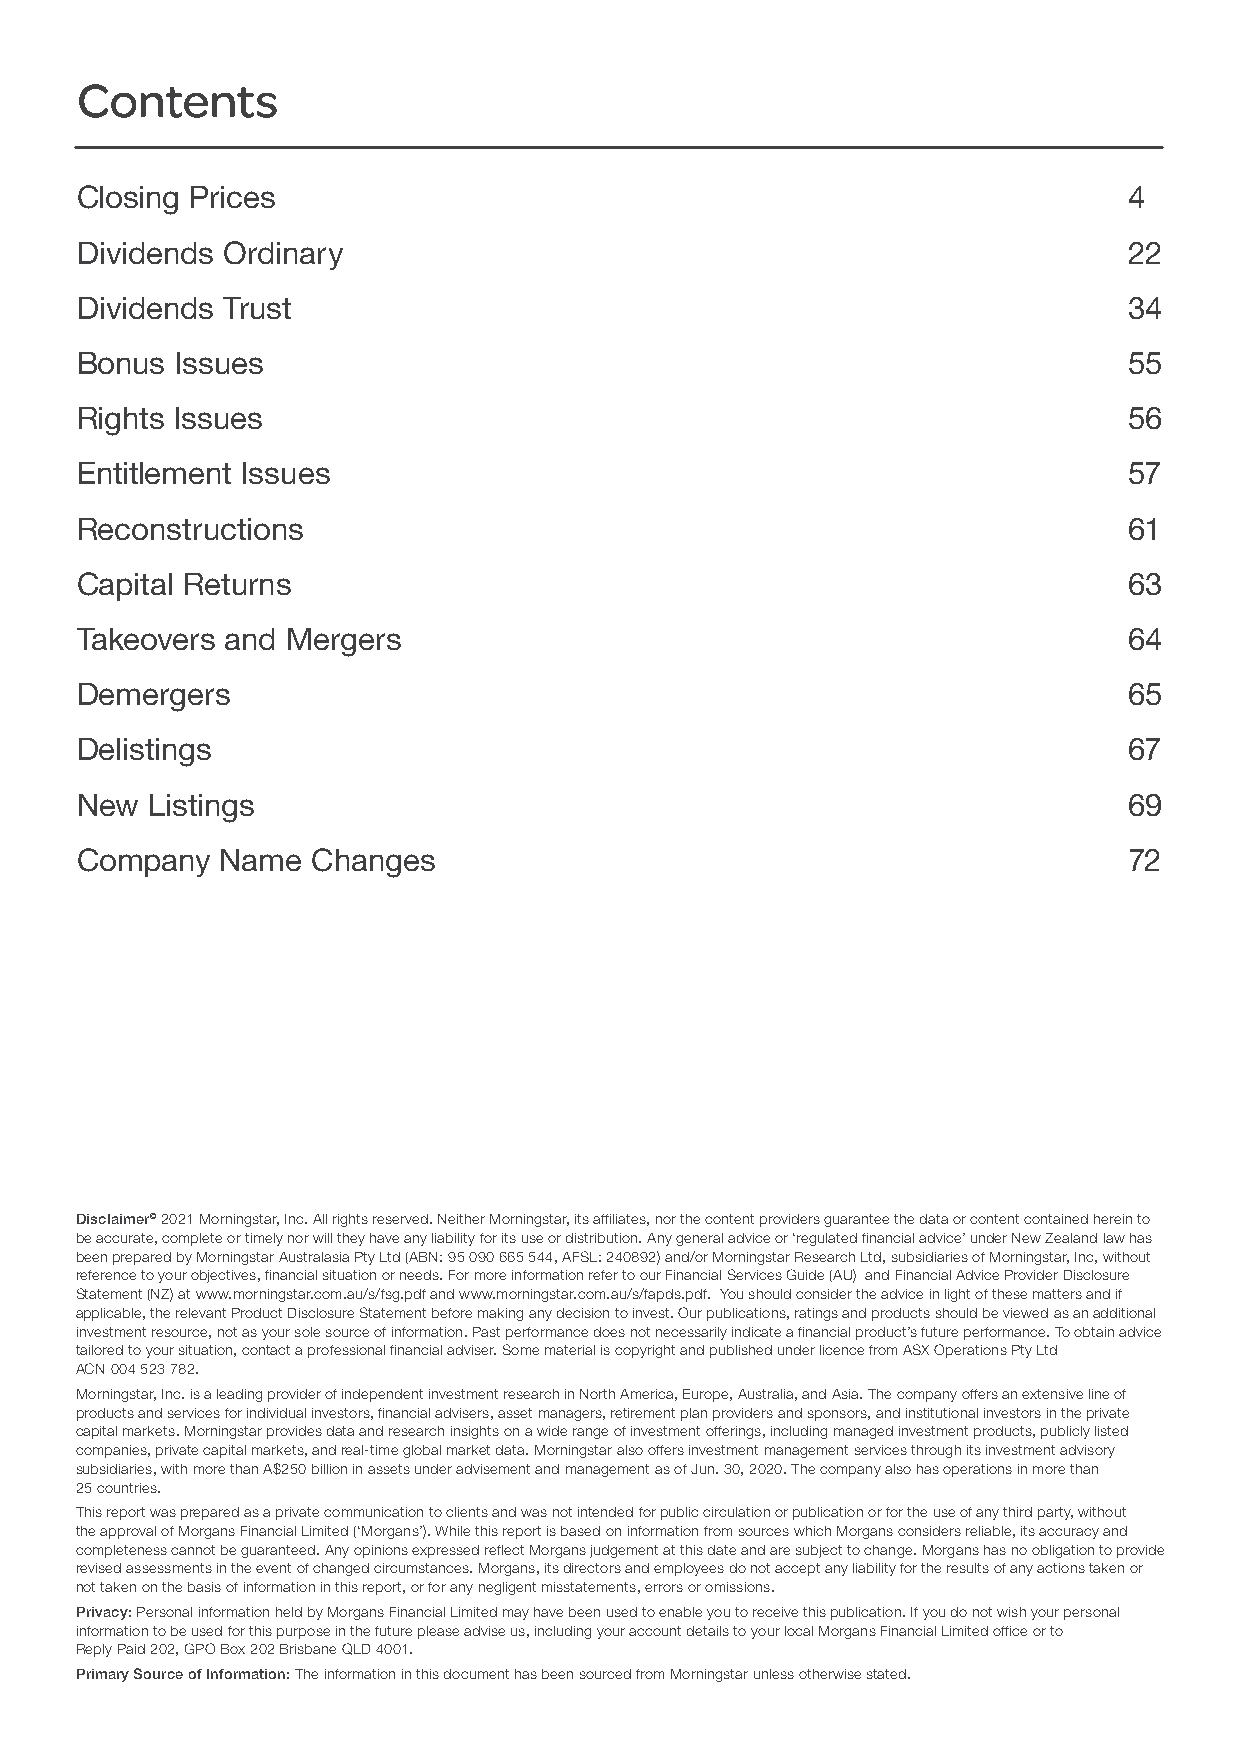
Contents
 Closing Prices                                                        4
 Dividends Ordinary                                                    22
 Dividends Trust                                                       34
 Bonus  Issues                                                         55
 Rights Issues                                                         56
 Entitlement Issues                                                    57
 Reconstructions                                                       61
 Capital Returns                                                       63
 Takeovers and Mergers                                                 64
 Demergers                                                             65
 Delistings                                                            67
 New  Listings                                                         69
 Company   Name  Changes                                               72
 Disclaimer© 2021 Morningstar, Inc. All rights reserved. Neither Morningstar, its affiliates, nor the content providers guarantee the data or content contained herein to
 be accurate, complete or timely nor will they have any liability for its use or distribution. Any general advice or ‘regulated financial advice’ under New Zealand law has
 been prepared by Morningstar Australasia Pty Ltd (ABN: 95 090 665 544, AFSL: 240892) and/or Morningstar Research Ltd, subsidiaries of Morningstar, Inc, without
 reference to your objectives, financial situation or needs. For more information refer to our Financial Services Guide (AU) and Financial Advice Provider Disclosure
 Statement (NZ) at www.morningstar.com.au/s/fsg.pdf and www.morningstar.com.au/s/fapds.pdf. You should consider the advice in light of these matters and if
 applicable, the relevant Product Disclosure Statement before making any decision to invest. Our publications, ratings and products should be viewed as an additional
 investment resource, not as your sole source of information. Past performance does not necessarily indicate a financial product’s future performance. To obtain advice
 tailored to your situation, contact a professional financial adviser. Some material is copyright and published under licence from ASX Operations Pty Ltd
 ACN 004 523 782.
 Morningstar, Inc. is a leading provider of independent investment research in North America, Europe, Australia, and Asia. The company offers an extensive line of
 products and services for individual investors, financial advisers, asset managers, retirement plan providers and sponsors, and institutional investors in the private
 capital markets. Morningstar provides data and research insights on a wide range of investment offerings, including managed investment products, publicly listed
 companies, private capital markets, and real-time global market data. Morningstar also offers investment management services through its investment advisory
 subsidiaries, with more than A$250 billion in assets under advisement and management as of Jun. 30, 2020. The company also has operations in more than
 25 countries.
 This report was prepared as a private communication to clients and was not intended for public circulation or publication or for the use of any third party, without
 the approval of Morgans Financial Limited (‘Morgans’). While this report is based on information from sources which Morgans considers reliable, its accuracy and
 completeness cannot be guaranteed. Any opinions expressed reflect Morgans judgement at this date and are subject to change. Morgans has no obligation to provide
 revised assessments in the event of changed circumstances. Morgans, its directors and employees do not accept any liability for the results of any actions taken or
 not taken on the basis of information in this report, or for any negligent misstatements, errors or omissions.
 Privacy: Personal information held by Morgans Financial Limited may have been used to enable you to receive this publication. If you do not wish your personal
 information to be used for this purpose in the future please advise us, including your account details to your local Morgans Financial Limited office or to
 Reply Paid 202, GPO Box 202 Brisbane QLD 4001.
 Primary Source of Information: The information in this document has been sourced from Morningstar unless otherwise stated.